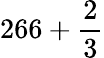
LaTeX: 266+{\frac{2}{3}}